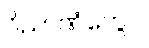
ဝိညာဏံတွေဝ